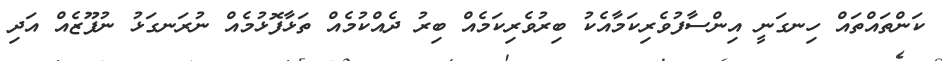
ކަންތައްތައް ހިނގަނީ އިންސާފުވެރިކަމާއެކު ބިރުވެރިކަމެއް ބިރު ދެއްކުމެއް ތަޅާފޮޅުމެއް ނުރަނގަޅު ނުފޫޒެއް އަދި